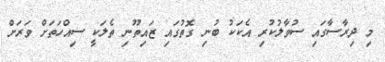
މި ދިރާސާގައި ސުވާލުކުރި އެކަކު ބުނި ގޮތުގައި ޒައިތޫނި ތެލަކީ ސިއްހަތަށް ވަރަށް